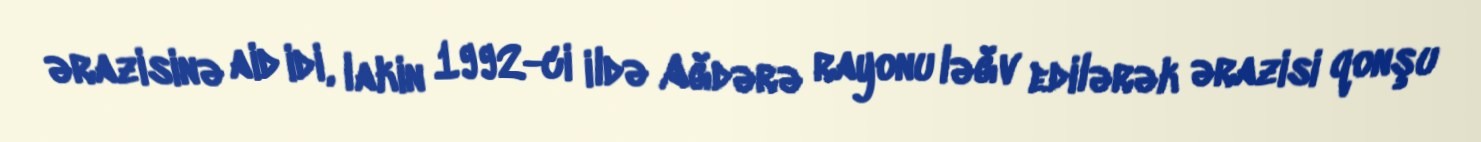
ərazisinə aid idi, lakin 1992-ci ildə Ağdərə rayonu ləğv edilərək ərazisi qonşu